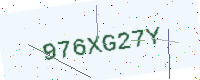
Text: 976XG27Y